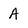
Character: A